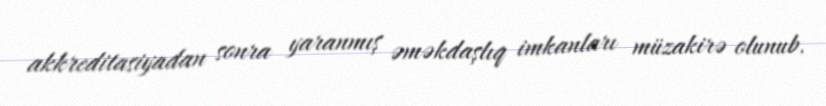
akkreditasiyadan sonra yaranmış əməkdaşlıq imkanları müzakirə olunub.